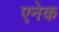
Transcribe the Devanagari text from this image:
एनेक